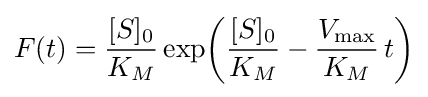
F(t)={\frac {[S]_{0}}{K_{M}}}\exp \!\left({\frac {[S]_{0}}{K_{M}}}-{\frac {V_{\max }}{K_{M}}}\,t\right)